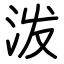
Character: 泼